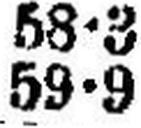
59•9